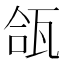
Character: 𬎪